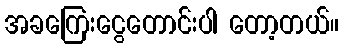
အခကြေးငွေတောင်းပါ တော့တယ်။